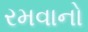
રમવાનો